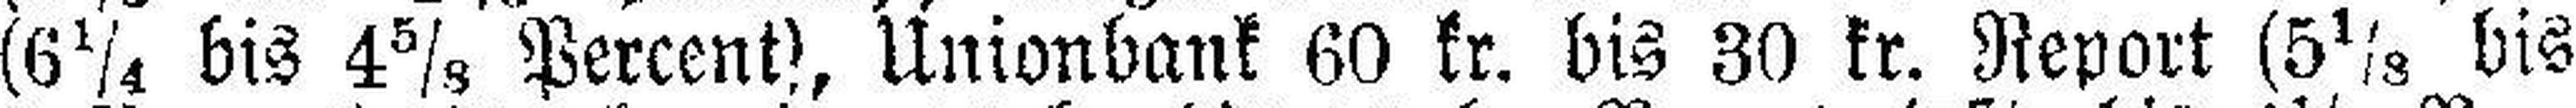
(6¼ bis 4⅝ Percent), Unionbank 60 kr. bis 30 kr. Report (5⅛ bis